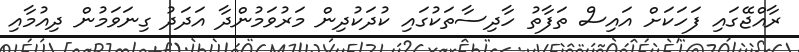
ރާއްޖޭގައި ފަހަކަށް އައިސް ތަފާތު ހާދިސާތަކުގައި ކުދަކުދިން މަރުވަމުންދާ އަދަދު ގިނަވަމުން ދިއުމާއި